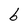
Character: b